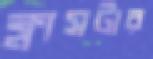
ক্লাসটার